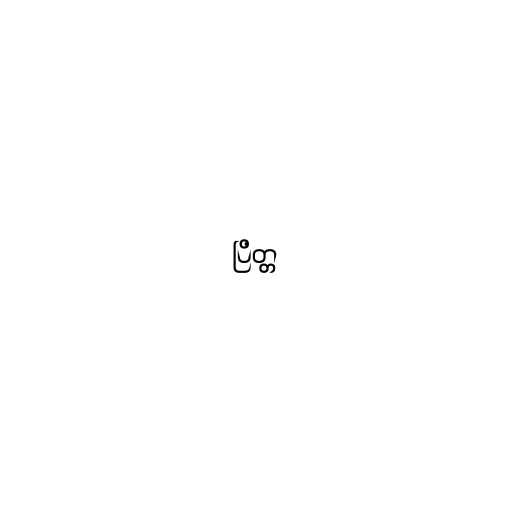
ပြိတ္တ